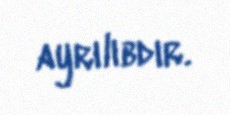
ayrılıbdır.